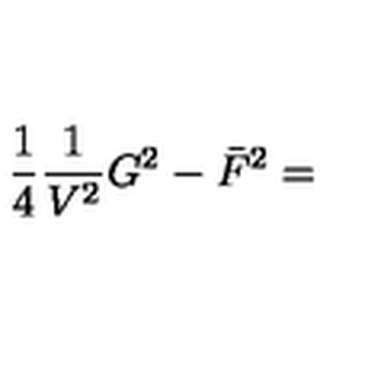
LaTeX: \frac { 1 } { 4 } \frac { 1 } { V ^ { 2 } } G ^ { 2 } - \bar { F } ^ { 2 } =